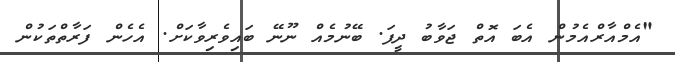
"އެމްއާރްއެމުން އެބަ އޮތް ޖަވާބު ދީފަ. ބޭނުމެއް ނޫނޭ ބައިވެރިވާކަށް. އެހެން ފަރާތްތަކުން